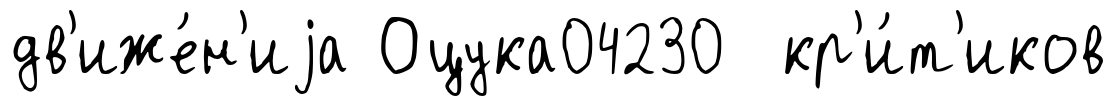
дв'иже́н'иjа Оцука04230 кр'и́т'иков